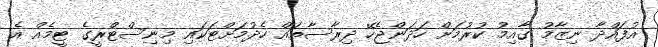
އުފައްދާ ނިޒާމު ގާއިމު ކުރުމަށް ހަދަންޖެހޭ ދިރާސާތައް ހެދުމަށްޓަކައި މިނިސްޓްރީގެ ޓީމެއް އެ